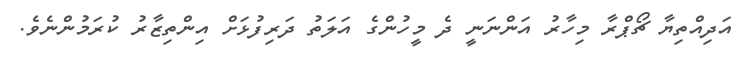
އަދިއްތިޔާ ޗޯޕްރާ މިހާރު އަންނަނީ ދެ މީހުންގެ އަލަތު ދަރިފުޅަށް އިންތިޒާރު ކުރަމުންނެވެ.